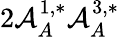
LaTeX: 2\mathcal{A}_{A}^{1,*}\mathcal{A}_{A}^{3,*}